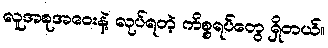
လူအစုအဝေးနဲ့ လုပ်ရတဲ့ ကိစ္စရပ်တွေ ရှိတယ်။